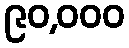
၉၀,၀၀၀